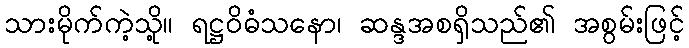
သားမိုက်ကဲ့သို့။ ရဋ္ဌဝိဓံသနော၊ ဆန္ဒအစရှိသည်၏ အစွမ်းဖြင့်